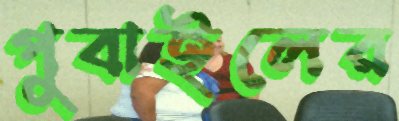
পুবাইলের